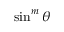
\sin ^ { m } \theta